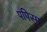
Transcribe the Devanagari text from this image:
पपिस्म